Annual report on the working of the lock hospitals in the North-Western Provinces and Oudh
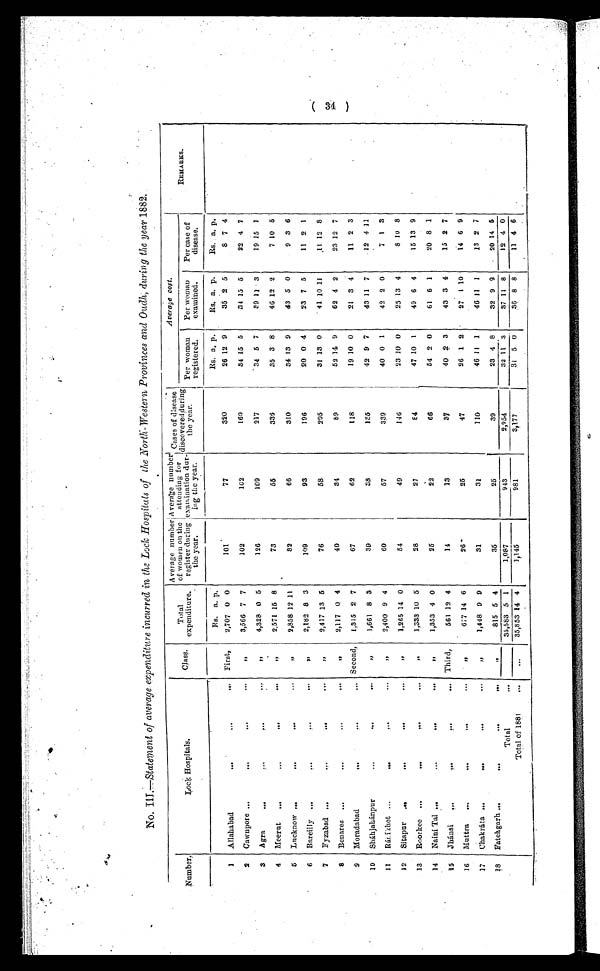
NO. III .—Statement of average expenditure incurred in the Lock Hospitals of the North-Western Provinces and Oudh, during the year 1882.
Number,
Look Hospitals.
Class.
Total
expendi t ure.
Average number
of women on the
register during
the year.
Average number
attending for
examination dur
- ing the year.
Cases of
discovered during
the year.
Average cost.
REMARKS.
Per woman
registered.
Per woman
examined.
Per case of
disease.
Rs, a. p.
Rs. a. p.
Rs. a. p.
Rs. a. p.
1 Allahabad
... ... ...
First,
2,707 0 0
101
77
320
26 12 9
35 2 5
8 7 4
2 Cawupore ...
...
...
, ,
3,566 7 7
102
102
160
34 15 5
34 15 5
22 4 7
3 Agra
...
...
...
. . .
, ,
4,328 0 5
126
109
217
34 5 7
39 11 3
19 15 1
4 Meerut ...
...
. . . . . .
, ,
2,571 15 8
73
55
3 3 6
35 3 8
46 12 2
7 10 5
5 Lucknow ...
...
... ...
, ,
2,858 12 11
82
66
310
34 13 9
43 5 0
9 3 6
6 Bareilly ...
...
...
, ,
2,182 8 3
109
93
196
20 0 4
23 7 5
11 2 1
7 Fyzabad ...
... ... ...
, ,
2,41713 5
76
58
205
31 13 0
41 10 11
11 12 8
8 Benares ...
...
. . . . . .
, ,
2,117 0 4
40
34
89
52 14 9
62 4 2
23 12 7
9 Moradabad
...
. . . . . . Second, 1,315 2 7
67
62
118
19 10 0
21 3 4
11 2 3
10
Sháhjahánpur
...
...
...
, ,
1,661 8 3
39
38
125
42 9 7
43 11 7
12 4 11
11 Ránikhet ...
...
...
...
,,
2,400 9 4
60
57
339
40 0 1
42 2 0
7 1 3
12 Sitapur ...
...
...
...
,,
1,265 14 0
54
49
146
23 10 0
25 13 4
8 10 8
13 Roorkee ...
...
...
...
,,
1,333 10 5
28
27
84
47 10 1
49 6 4
15 13 9
14 Naini Tal ..
...
...
...
, ,
1,353 4 0
25
22
66
54 2 0
61 6 1
20 8 1
15 Jhánsi ...
... ... ...
Third,
561 12 4
14
13
37
40 2 3
43 3 4
15 2 7
16 Muttra ...
...
...
...
,,
677 14 6
26
25
47
26 1 2
27 1 10
14 6 9
17 Chakráta ...
...
...
...
, ,
1,448 9 9
31
31
110
46 1 1 1
46 11 1
13 2 7
18 Fatehgarh
...
...
... ...
,,
815 5 4
35
25
39
23 4 8
32 9 9
20 14 5
Total
. . .
35,583 5 1
1,087
943
2,954
32 1 1 3
37 1 1 8
12 4 0
Total of 1881
...
...
35,853 14 4
1,145
981
3,177
31 5 0
36 8 8
11 4 6